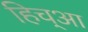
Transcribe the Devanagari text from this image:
हिच्आ